Source: Handwritten
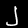
Digit: ၂ (2)